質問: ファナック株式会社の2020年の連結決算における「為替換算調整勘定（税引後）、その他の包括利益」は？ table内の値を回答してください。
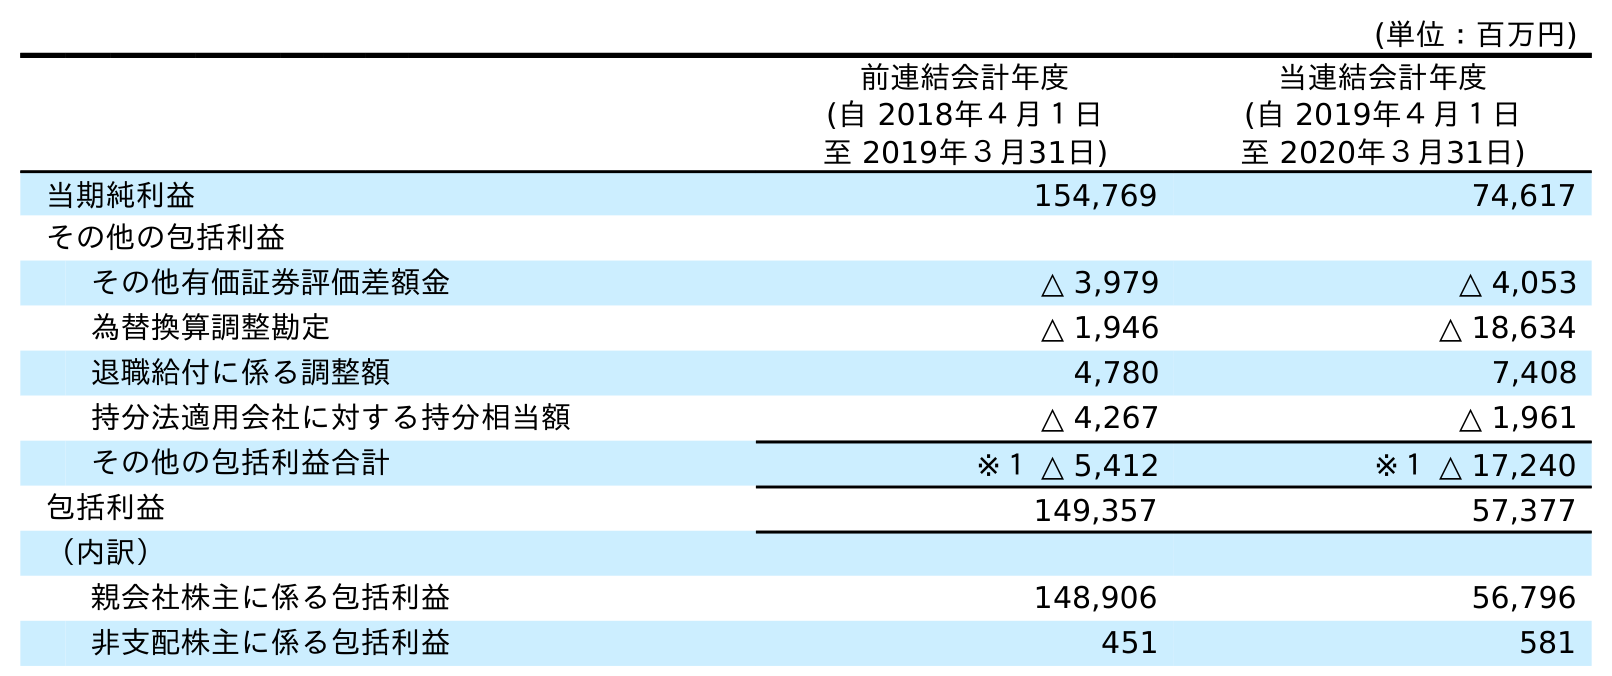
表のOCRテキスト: (単位：百万円) 前連結会計年度 (自 2018年４月１日 至 2019年３月31日) 当連結会計年度 (自 2019年４月１日 至 2020年３月31日) 当期純利益 154,769 74,617 その他の包括利益 その他有価証券評価差額金 △ 3,979 △ 4,053 為替換算調整勘定 △ 1,946 △ 18,634 退職給付に係る調整額 4,780 7,408 持分法適用会社に対する持分相当額 △ 4,267 △ 1,961 その他の包括利益合計 ※１ △ 5,412 ※１ △ 17,240 包括利益 149,357 57,377 （内訳） 親会社株主に係る包括利益 148,906 56,796 非支配株主に係る包括利益 451 581
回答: △18,634